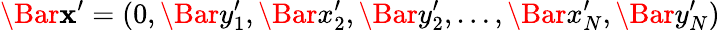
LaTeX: \Bar{\mathbf{x}}^{\prime}=(0,\Bar{y}_{1}^{\prime},\Bar{x}_{2}^{\prime},\Bar{y}_{2}^{\prime},\dots,\Bar{x}_{N}^{\prime},\Bar{y}_{N}^{\prime})